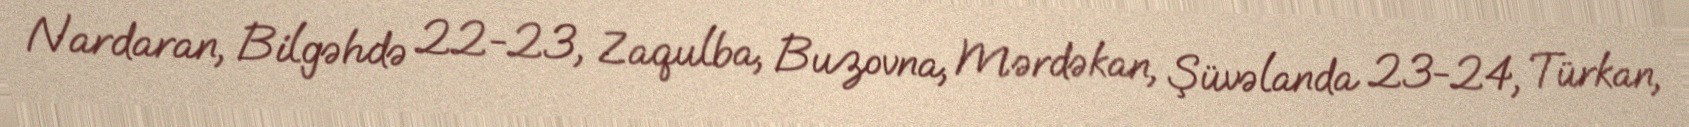
Nardaran, Bilgəhdə 22-23, Zaqulba, Buzovna, Mərdəkan, Şüvəlanda 23-24, Türkan,